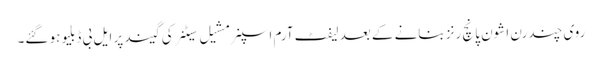
روی چندرن اشون پانچ رنز بنانے کے بعد لیفٹ آرم اسپنر مشیل سیٹنر کی گیند پر ایل بی ڈبلیو ہو گئے۔